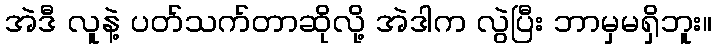
အဲဒီ လူနဲ့ ပတ်သက်တာဆိုလို့ အဲဒါက လွဲပြီး ဘာမှမရှိဘူး။